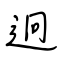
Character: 迥